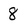
Character: 8